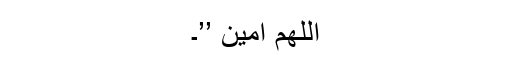
اَللَّھُمَّ آمین ’’۔